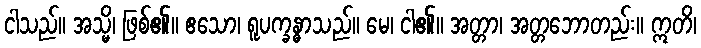
ငါသည်။ အသ္မိ၊ ဖြစ်၏။ ဧသော၊ ရူပက္ခန္ဓာသည်။ မေ၊ ငါ၏။ အတ္တာ၊ အတ္တဘောတည်း။ ဣတိ၊